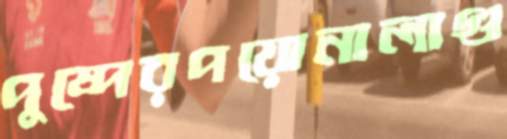
পুষ্পেরপয়োনালাগু